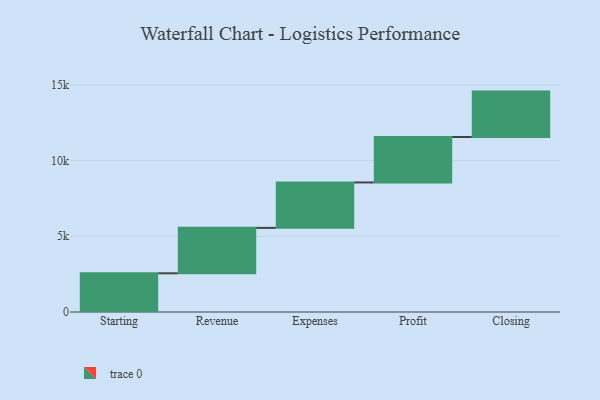
{"axis": {"x": "Step", "y": "Value"}, "legend": [""], "data": [{"x": "Starting", "y": 2556.0, "type": ""}, {"x": "Revenue", "y": 3000, "type": ""}, {"x": "Expenses", "y": 3000, "type": ""}, {"x": "Profit", "y": 3000, "type": ""}, {"x": "Closing", "y": 3000, "type": ""}]}